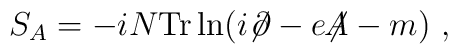
S_A = -i N {\rm Tr} \ln (i{\not\!\partial}-e{\not\!\!A}-m)~,